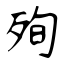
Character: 殉